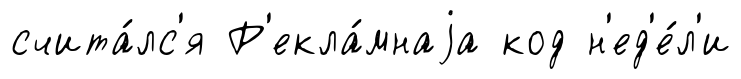
счита́лс'я Р'екла́мнаjа код н'ед'е́л'и